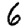
Digit: 6